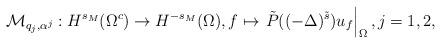
LaTeX: \begin{align*} \mathcal{M}_{q_j,\alpha^j} : H^{s_M}(\Omega^c)\to H^{-s_M}(\Omega), f\mapsto \left. \tilde{P}( (-\Delta)^{\tilde{s}}) u_f \right|_{\Omega} ,j=1,2,\end{align*}